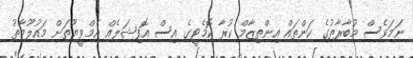
ނަމަވެސް މުބާރާތުގެ ކަންތައް އިންތިޒާމް ކުރާ ކޮމެޓީގެ އިސް އޮފިޝަލެއް އެމްވީޔޫތަށް މައުލޫމާތު